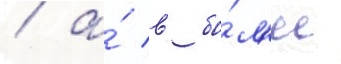
/ а́ в бо́л'ее